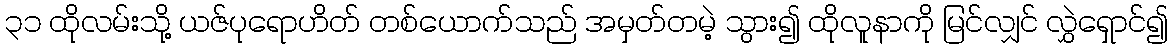
၃၁ ထိုလမ်းသို့ ယဇ်ပုရောဟိတ် တစ်ယောက်သည် အမှတ်တမဲ့ သွား၍ ထိုလူနာကို မြင်လျှင် လွှဲရှောင်၍